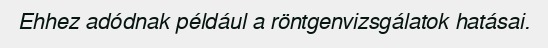
Ehhez adódnak például a röntgenvizsgálatok hatásai.